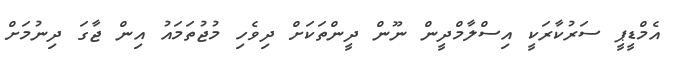
އެމްޑީޕީ ސަރުކާރަކީ އިސްލާމްދީން ނޫން ދީންތަކަށް ދިވެހި މުޖުތަމައު އިން ޖާގަ ދިނުމަށް